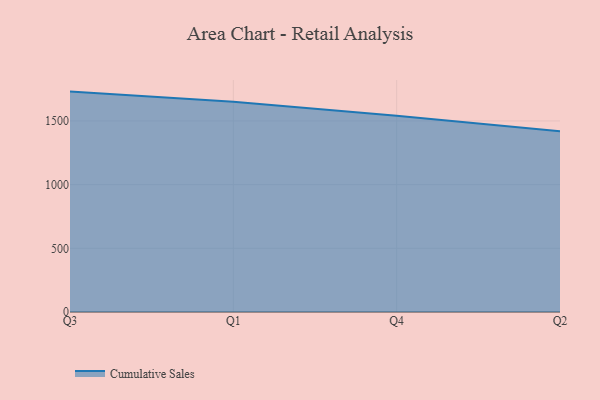
{"axis": {"x": "Quarter", "y": "Market Share (%)"}, "legend": ["Cumulative Sales"], "data": [{"x": "Q3", "y": 1730.1, "type": "Cumulative Sales"}, {"x": "Q1", "y": 1649.7, "type": "Cumulative Sales"}, {"x": "Q4", "y": 1540.5, "type": "Cumulative Sales"}, {"x": "Q2", "y": 1419.5, "type": "Cumulative Sales"}]}